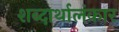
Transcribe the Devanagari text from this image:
शब्दार्थालंकार